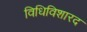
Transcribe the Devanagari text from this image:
विधिविशारद